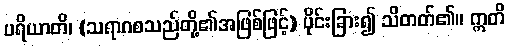
ပရိယာတိ၊ (သရာဂစသည်တို့၏အဖြစ်ဖြင့်) ပိုင်းခြား၍ သိတတ်၏။ ဣတိ